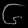
Digit: ၆